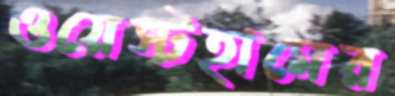
ওয়েস্টহামের